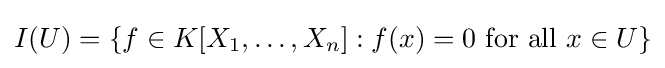
I(U)=\{f\in K[X_{1},\dots ,X_{n}]:f(x)=0{\mbox{ for all }}x\in U\}